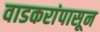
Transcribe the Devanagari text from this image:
वाडकरांपासून